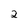
Character: 2